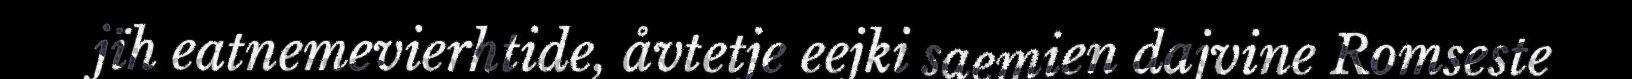
jïh eatnemevierhtide, åvtetje eejki saemien dajvine Romseste